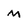
Character: M